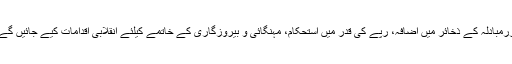
زرمبادلہ کے ذخائر میں اضافہ، رپے کی قدر میں استحکام، مہنگائی و بیروزگاری کے خاتمے کیلئے انقلابی اقدامات کیے جائیں گے۔